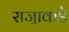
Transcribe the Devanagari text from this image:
राजा॒कडे